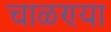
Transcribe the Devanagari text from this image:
चाळण्या